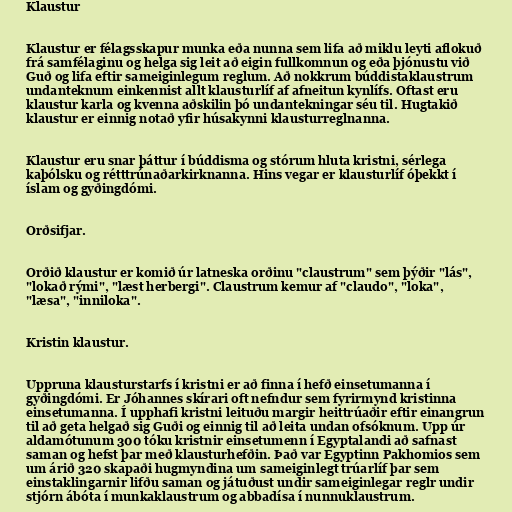
Klaustur

Klaustur er félagsskapur munka eða nunna sem lifa að miklu leyti aflokuð
frá samfélaginu og helga sig leit að eigin fullkomnun og eða þjónustu við
Guð og lifa eftir sameiginlegum reglum. Að nokkrum búddistaklaustrum
undanteknum einkennist allt klausturlíf af afneitun kynlífs. Oftast eru
klaustur karla og kvenna aðskilin þó undantekningar séu til. Hugtakið
klaustur er einnig notað yfir húsakynni klausturreglnanna.

Klaustur eru snar þáttur í búddisma og stórum hluta kristni, sérlega
kaþólsku og rétttrúnaðarkirknanna. Hins vegar er klausturlíf óþekkt í
íslam og gyðingdómi.

Orðsifjar.

Orðið klaustur er komið úr latneska orðinu "claustrum" sem þýðir "lás",
"lokað rými", "læst herbergi". Claustrum kemur af "claudo", "loka",
"læsa", "inniloka".

Kristin klaustur.

Uppruna klausturstarfs í kristni er að finna í hefð einsetumanna í
gyðingdómi. Er Jóhannes skírari oft nefndur sem fyrirmynd kristinna
einsetumanna. Í upphafi kristni leituðu margir heittrúaðir eftir einangrun
til að geta helgað sig Guði og einnig til að leita undan ofsóknum. Upp úr
aldamótunum 300 tóku kristnir einsetumenn í Egyptalandi að safnast
saman og hefst þar með klausturhefðin. Það var Egyptinn Pakhomios sem
um árið 320 skapaði hugmyndina um sameiginlegt trúarlíf þar sem
einstaklingarnir lifðu saman og játuðust undir sameiginlegar reglr undir
stjórn ábóta í munkaklaustrum og abbadísa í nunnuklaustrum.